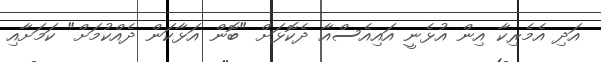
އަދި އެމެރިކާ އިން އުޅެނީ އައިއެސްއާ ދެކޮޅަށް "ބޮން އަޅާކަން ދެއްކުމަށް" ކަމަށާއި